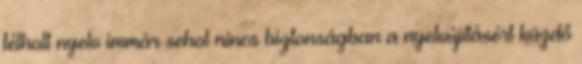
félholt nyelv immár sehol nincs biztonságban a nyelvújításért küzdő